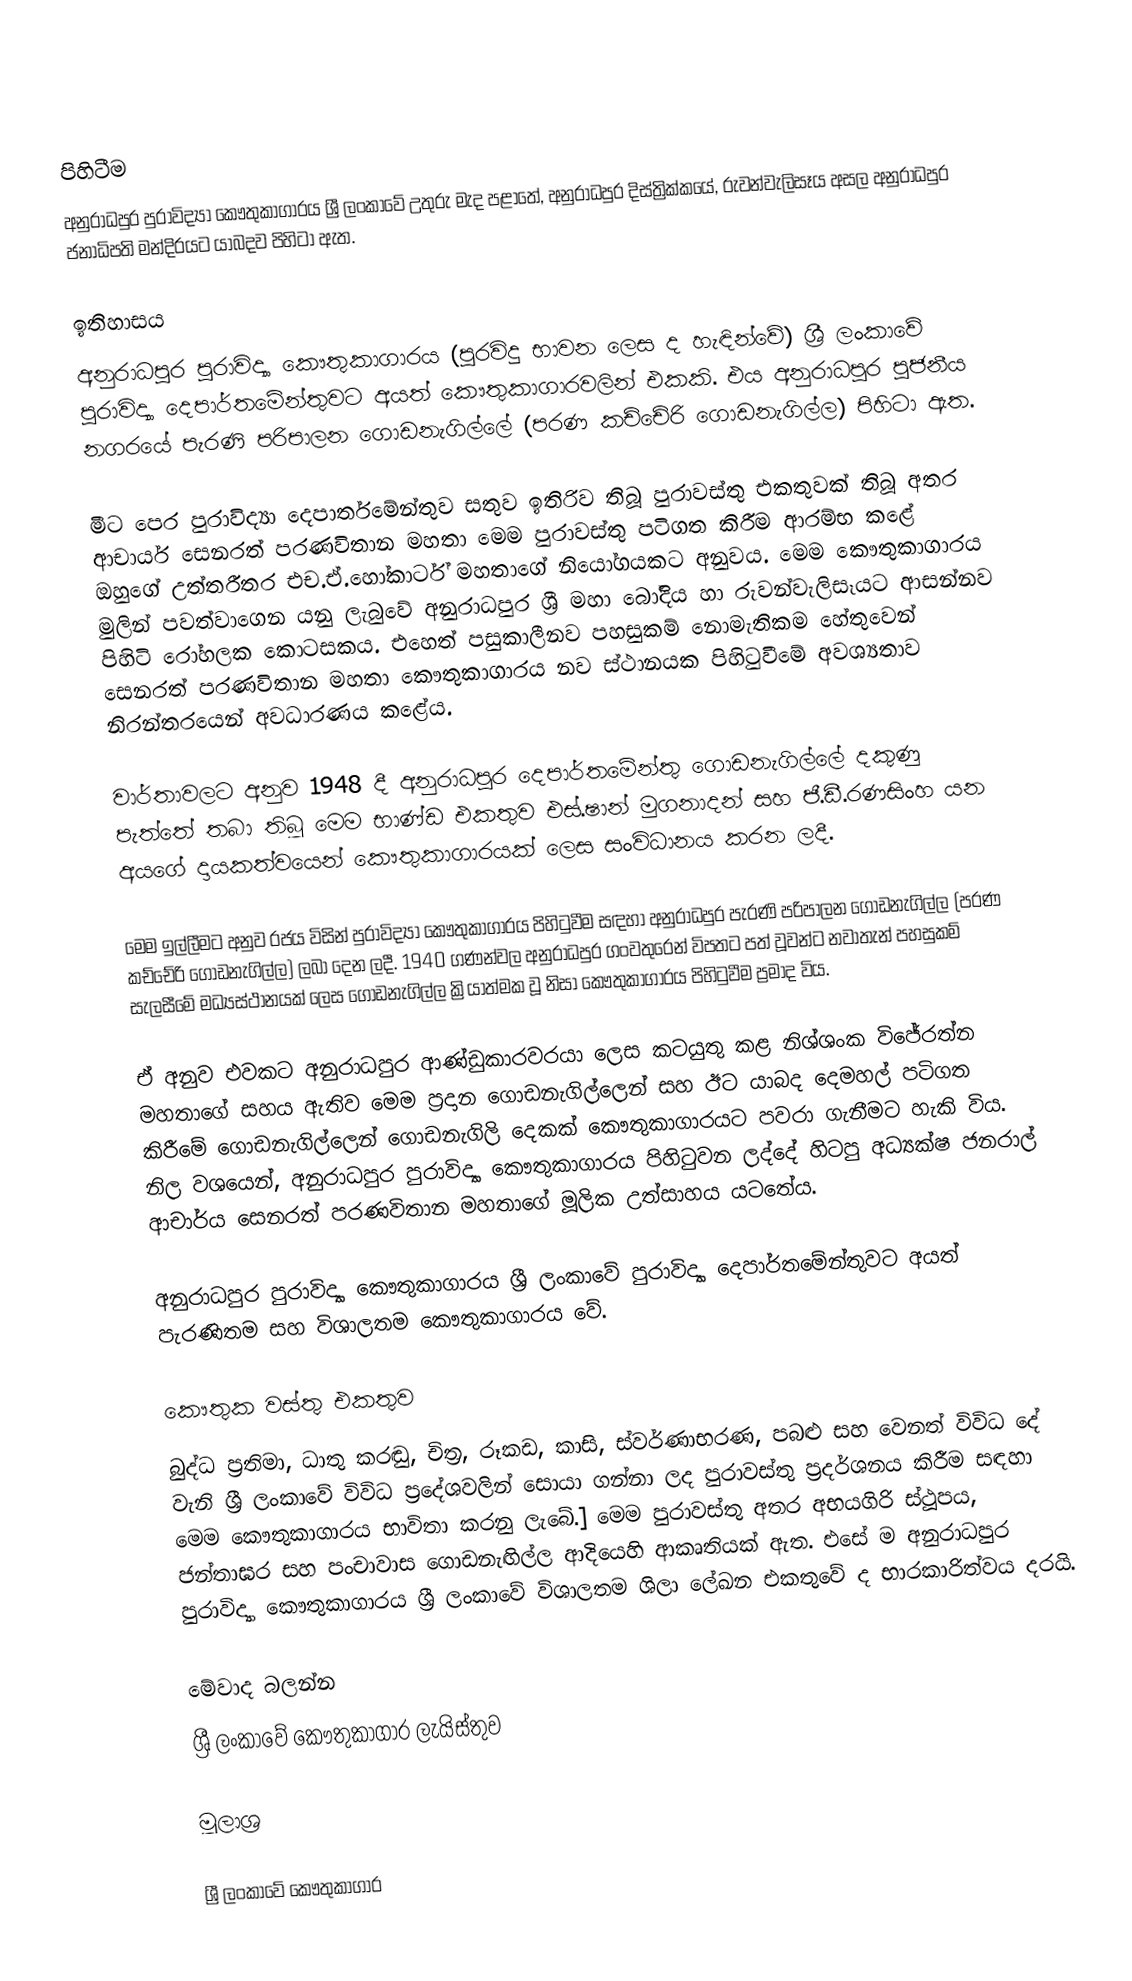

පිහිටීම
අනුරාධපුර පුරාවිද්‍යා කෞතුකාගාරය ශ්‍රී ලංකාවේ උතුරු මැද පළාතේ, අනුරාධපුර දිස්ත්‍රික්කයේ, රුවන්වැලිසෑය අසල  අනුරාධපුර ජනාධිපති මන්දිරයට යාබදව පිහිටා ඇත.

ඉතිහාසය
අනුරාධපුර පුරාවිද්‍යා කෞතුකාගාරය (පුරවිදු භාවන ලෙස ද හැඳින්වේ) ශ්‍රී ලංකාවේ පුරාවිද්‍යා දෙපාර්තමේන්තුවට අයත් කෞතුකාගාරවලින් එකකි. එය අනුරාධපුර පූජනීය නගරයේ පැරණි පරිපාලන ගොඩනැගිල්ලේ (පරණ කච්චේරි ගොඩනැගිල්ල) පිහිටා ඇත.

මීට පෙර පුරාවිද්‍යා දෙපාර්තමේන්තුව සතුව ඉතිරිව තිබූ පුරාවස්තු එකතුවක් තිබූ අතර ආචාර්ය සෙනරත් පරණවිතාන මහතා මෙම පුරාවස්තු පටිගත කිරීම ආරම්භ කළේ ඔහුගේ උත්තරීතර එච.ඒ.හෝකාර්ට් මහතාගේ නියෝගයකට අනුවය. මෙම කෞතුකාගාරය මුලින් පවත්වාගෙන යනු ලැබුවේ අනුරාධපුර ශ්‍රී මහා බෝදිය හා රුවන්වැලිසෑයට ආසන්නව පිහිටි රෝහලක කොටසකය. එහෙත් පසුකාලීනව පහසුකම් නොමැතිකම හේතුවෙන් සෙනරත් පරණවිතාන මහතා කෞතුකාගාරය නව ස්ථානයක පිහිටුවීමේ අවශ්‍යතාව නිරන්තරයෙන් අවධාරණය කළේය.

වාර්තාවලට අනුව 1948 දී අනුරාධපුර දෙපාර්තමේන්තු ගොඩනැගිල්ලේ දකුණු පැත්තේ තබා තිබූ මෙම භාණ්ඩ එකතුව එස්.ෂාන් මුගනාදන් සහ ජී.ඩී.රණසිංහ යන අයගේ දායකත්වයෙන් කෞතුකාගාරයක් ලෙස සංවිධානය කරන ලදී.

මෙම ඉල්ලීමට අනුව රජය විසින් පුරාවිද්‍යා කෞතුකාගාරය පිහිටුවීම සඳහා අනුරාධපුර පැරණි පරිපාලන ගොඩනැගිල්ල (පරණ කච්චේරි ගොඩනැගිල්ල) ලබා දෙන ලදී. 1940 ගණන්වල අනුරාධපුර ගංවතුරෙන් විපතට පත් වූවන්ට නවාතැන් පහසුකම් සැලසීමේ මධ්‍යස්ථානයක් ලෙස ගොඩනැගිල්ල ක්‍රියාත්මක වූ නිසා කෞතුකාගාරය පිහිටුවීම ප්‍රමාද විය.

ඒ අනුව එවකට අනුරාධපුර ආණ්ඩුකාරවරයා ලෙස කටයුතු කළ නිශ්ශංක විජේරත්න මහතාගේ සහය ඇතිව මෙම ප්‍රදාන ගොඩනැගිල්ලෙන් සහ ඊට යාබද දෙමහල් පටිගත කිරීමේ ගොඩනැගිල්ලෙන් ගොඩනැගිලි දෙකක් කෞතුකාගාරයට පවරා ගැනීමට හැකි විය. නිල වශයෙන්, අනුරාධපුර පුරාවිද්‍යා කෞතුකාගාරය පිහිටුවන ලද්දේ හිටපු අධ්‍යක්ෂ ජනරාල් ආචාර්ය සෙනරත් පරණවිතාන මහතාගේ මූලික උත්සාහය යටතේය.

අනුරාධපුර පුරාවිද්‍යා කෞතුකාගාරය ශ්‍රී ලංකාවේ පුරාවිද්‍යා දෙපාර්තමේන්තුවට අයත් පැරණිතම සහ විශාලතම කෞතුකාගාරය වේ.

කෞතුක වස්තු එකතුව
බුද්ධ ප්‍රතිමා, ධාතු කරඬු, චිත්‍ර, රූකඩ, කාසි, ස්වර්ණාභරණ, පබළු සහ වෙනත් විවිධ දේ වැනි ශ්‍රී ලංකාවේ විවිධ ප්‍රදේශවලින් සොයා ගන්නා ලද පුරාවස්තු ප්‍රදර්ශනය කිරීම සඳහා මෙම කෞතුකාගාරය භාවිතා කරනු ලැබේ.] මෙම පුරාවස්තු අතර අභයගිරි ස්ථූපය, ජන්තාඝර සහ පංචාවාස ගොඩනැඟිල්ල ආදියෙහි ආකෘතියක් ඇත.  එසේ ම අනුරාධපුර පුරාවිද්‍යා කෞතුකාගාරය ශ්‍රී ලංකාවේ විශාලතම ශිලා ලේඛන එකතුවේ ද භාරකාරිත්වය දරයි.

මේවාද බලන්න
ශ්‍රී ලංකාවේ කෞතුකාගාර ලැයිස්තුව

මූලාශ්‍ර

ශ්‍රී ලංකාවේ කෞතුකාගාර